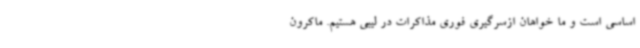
اساسی است و ما خواهان ازسرگیری فوری مذاکرات در لیبی هستیم. ماکرون